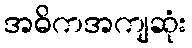
အဓိကအကျဆုံး